Bréfritari: Stefanía Siggeirsdóttir
Viðtakandi: Páll Pálsson
Dagsetning: A-1865-06-22
Skrifað á: Hraungerði  Árn.
Stefanía var bróðurdóttir Páls Pálssonar

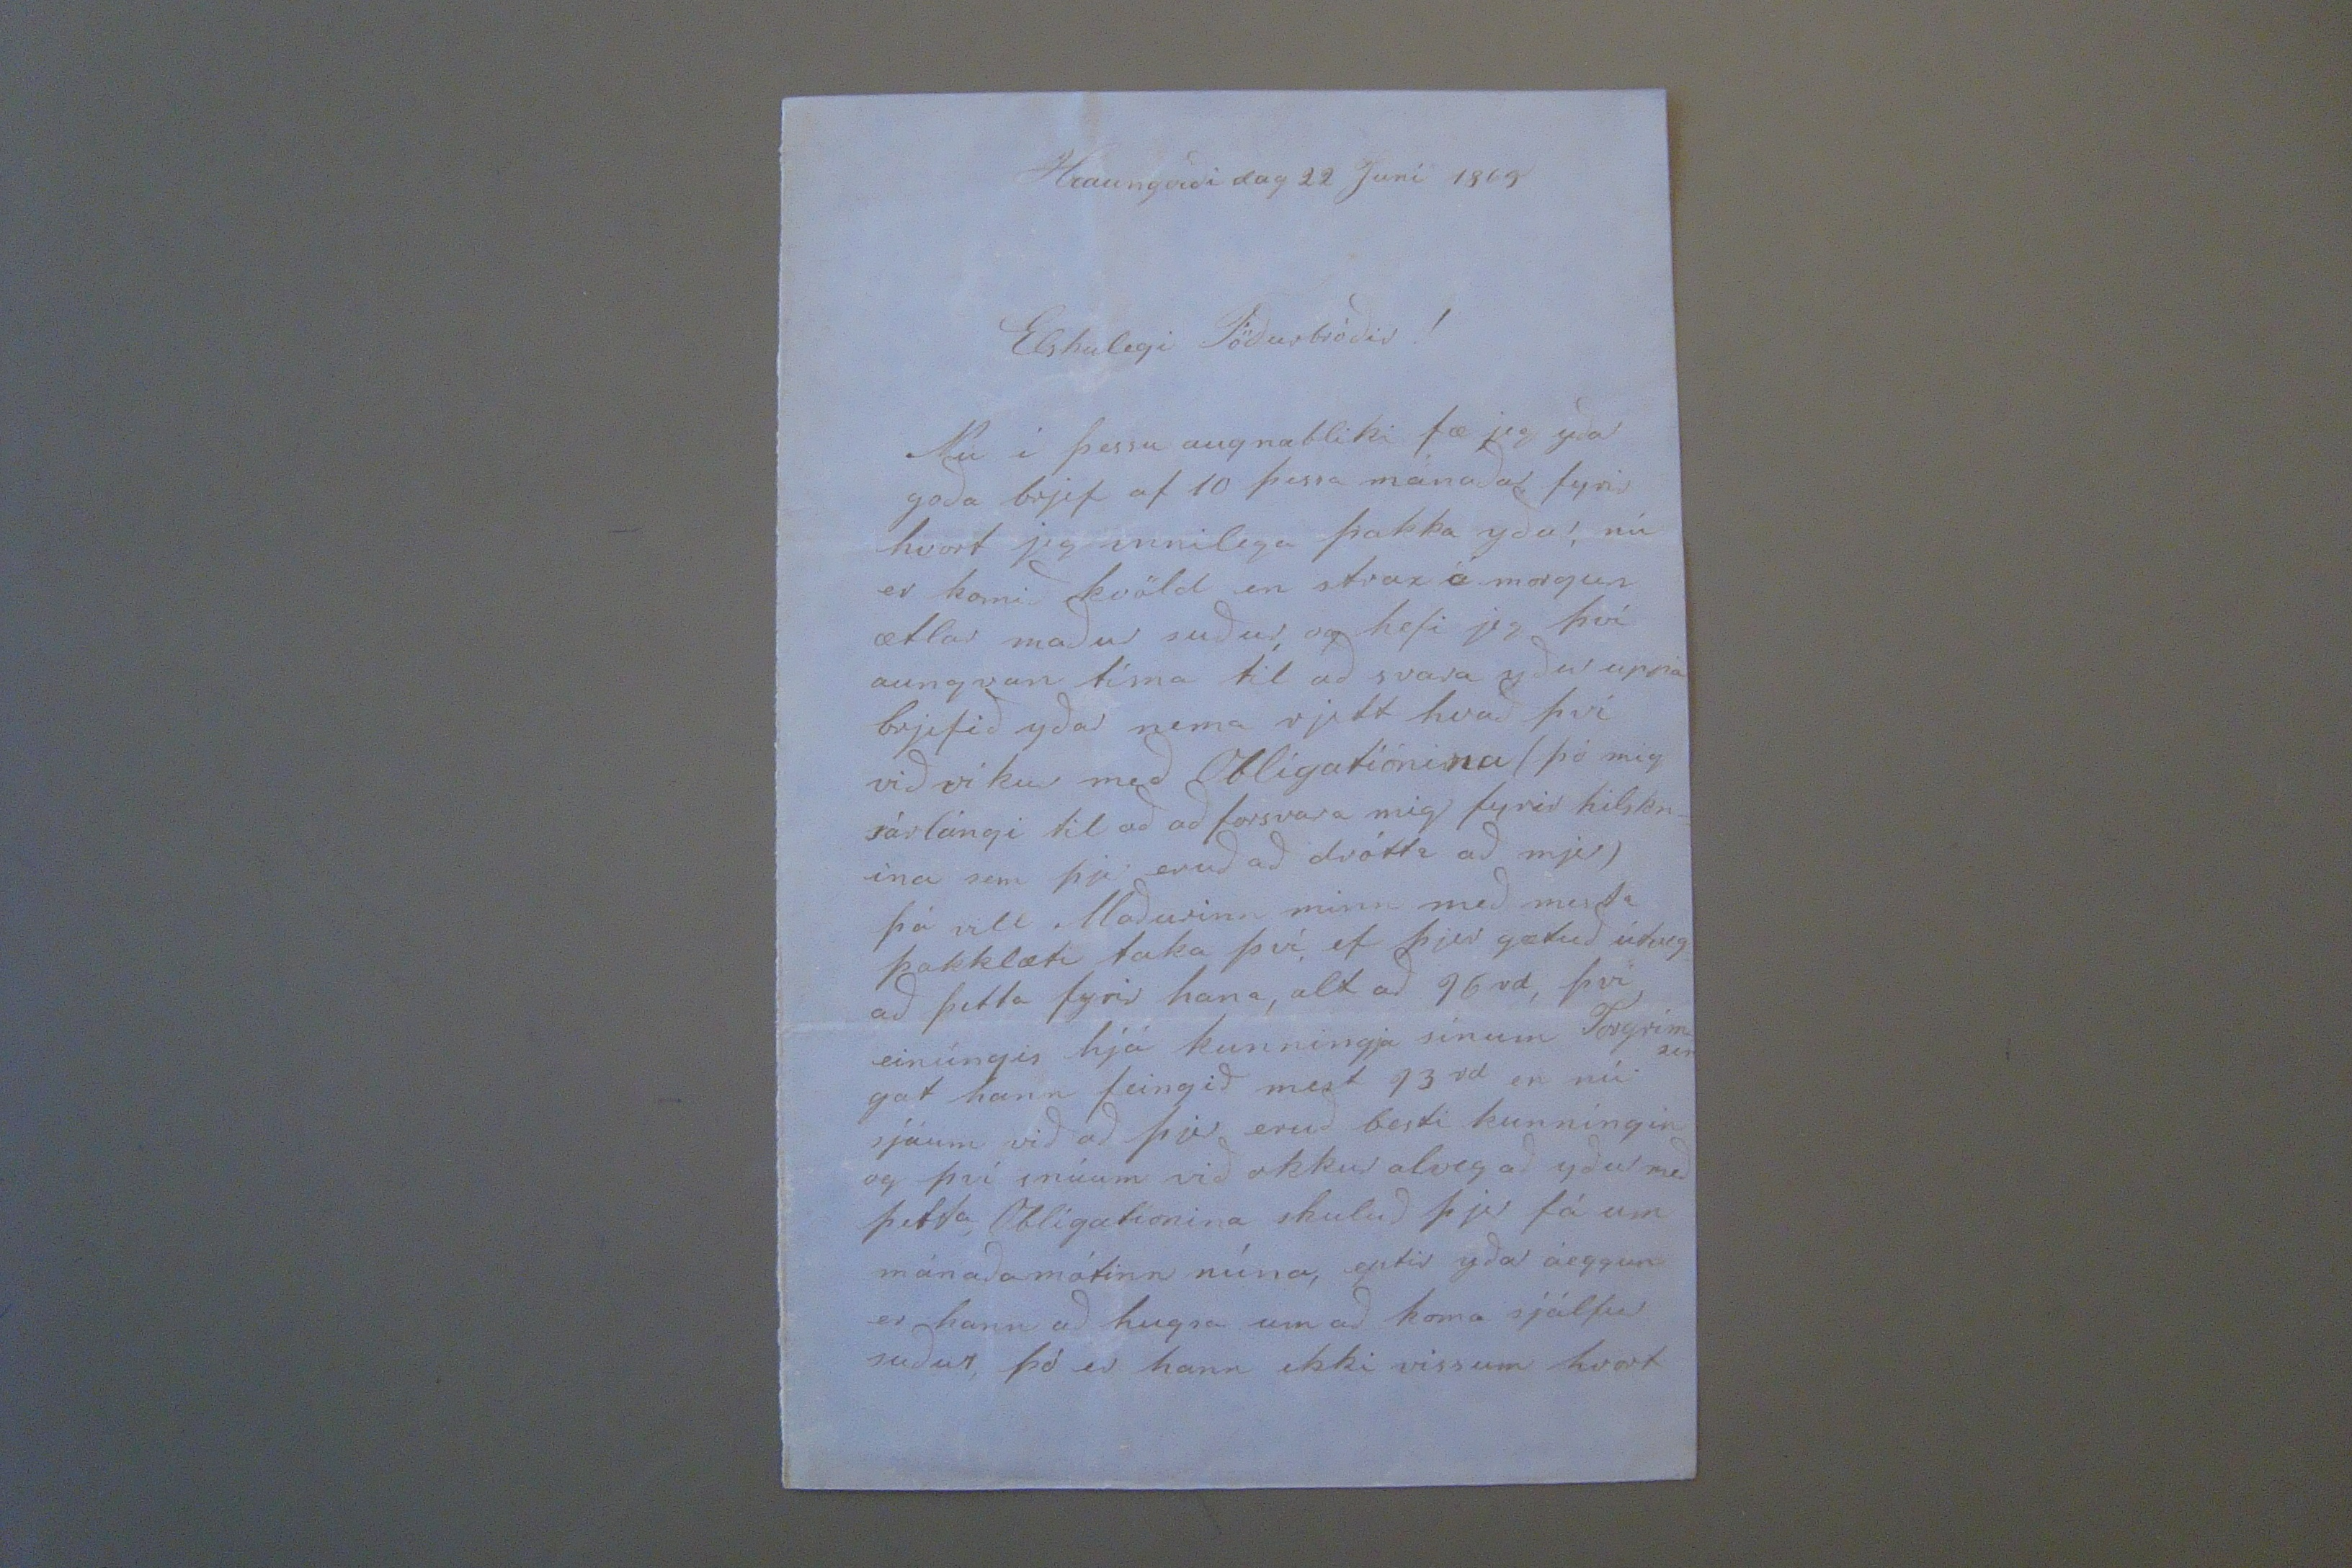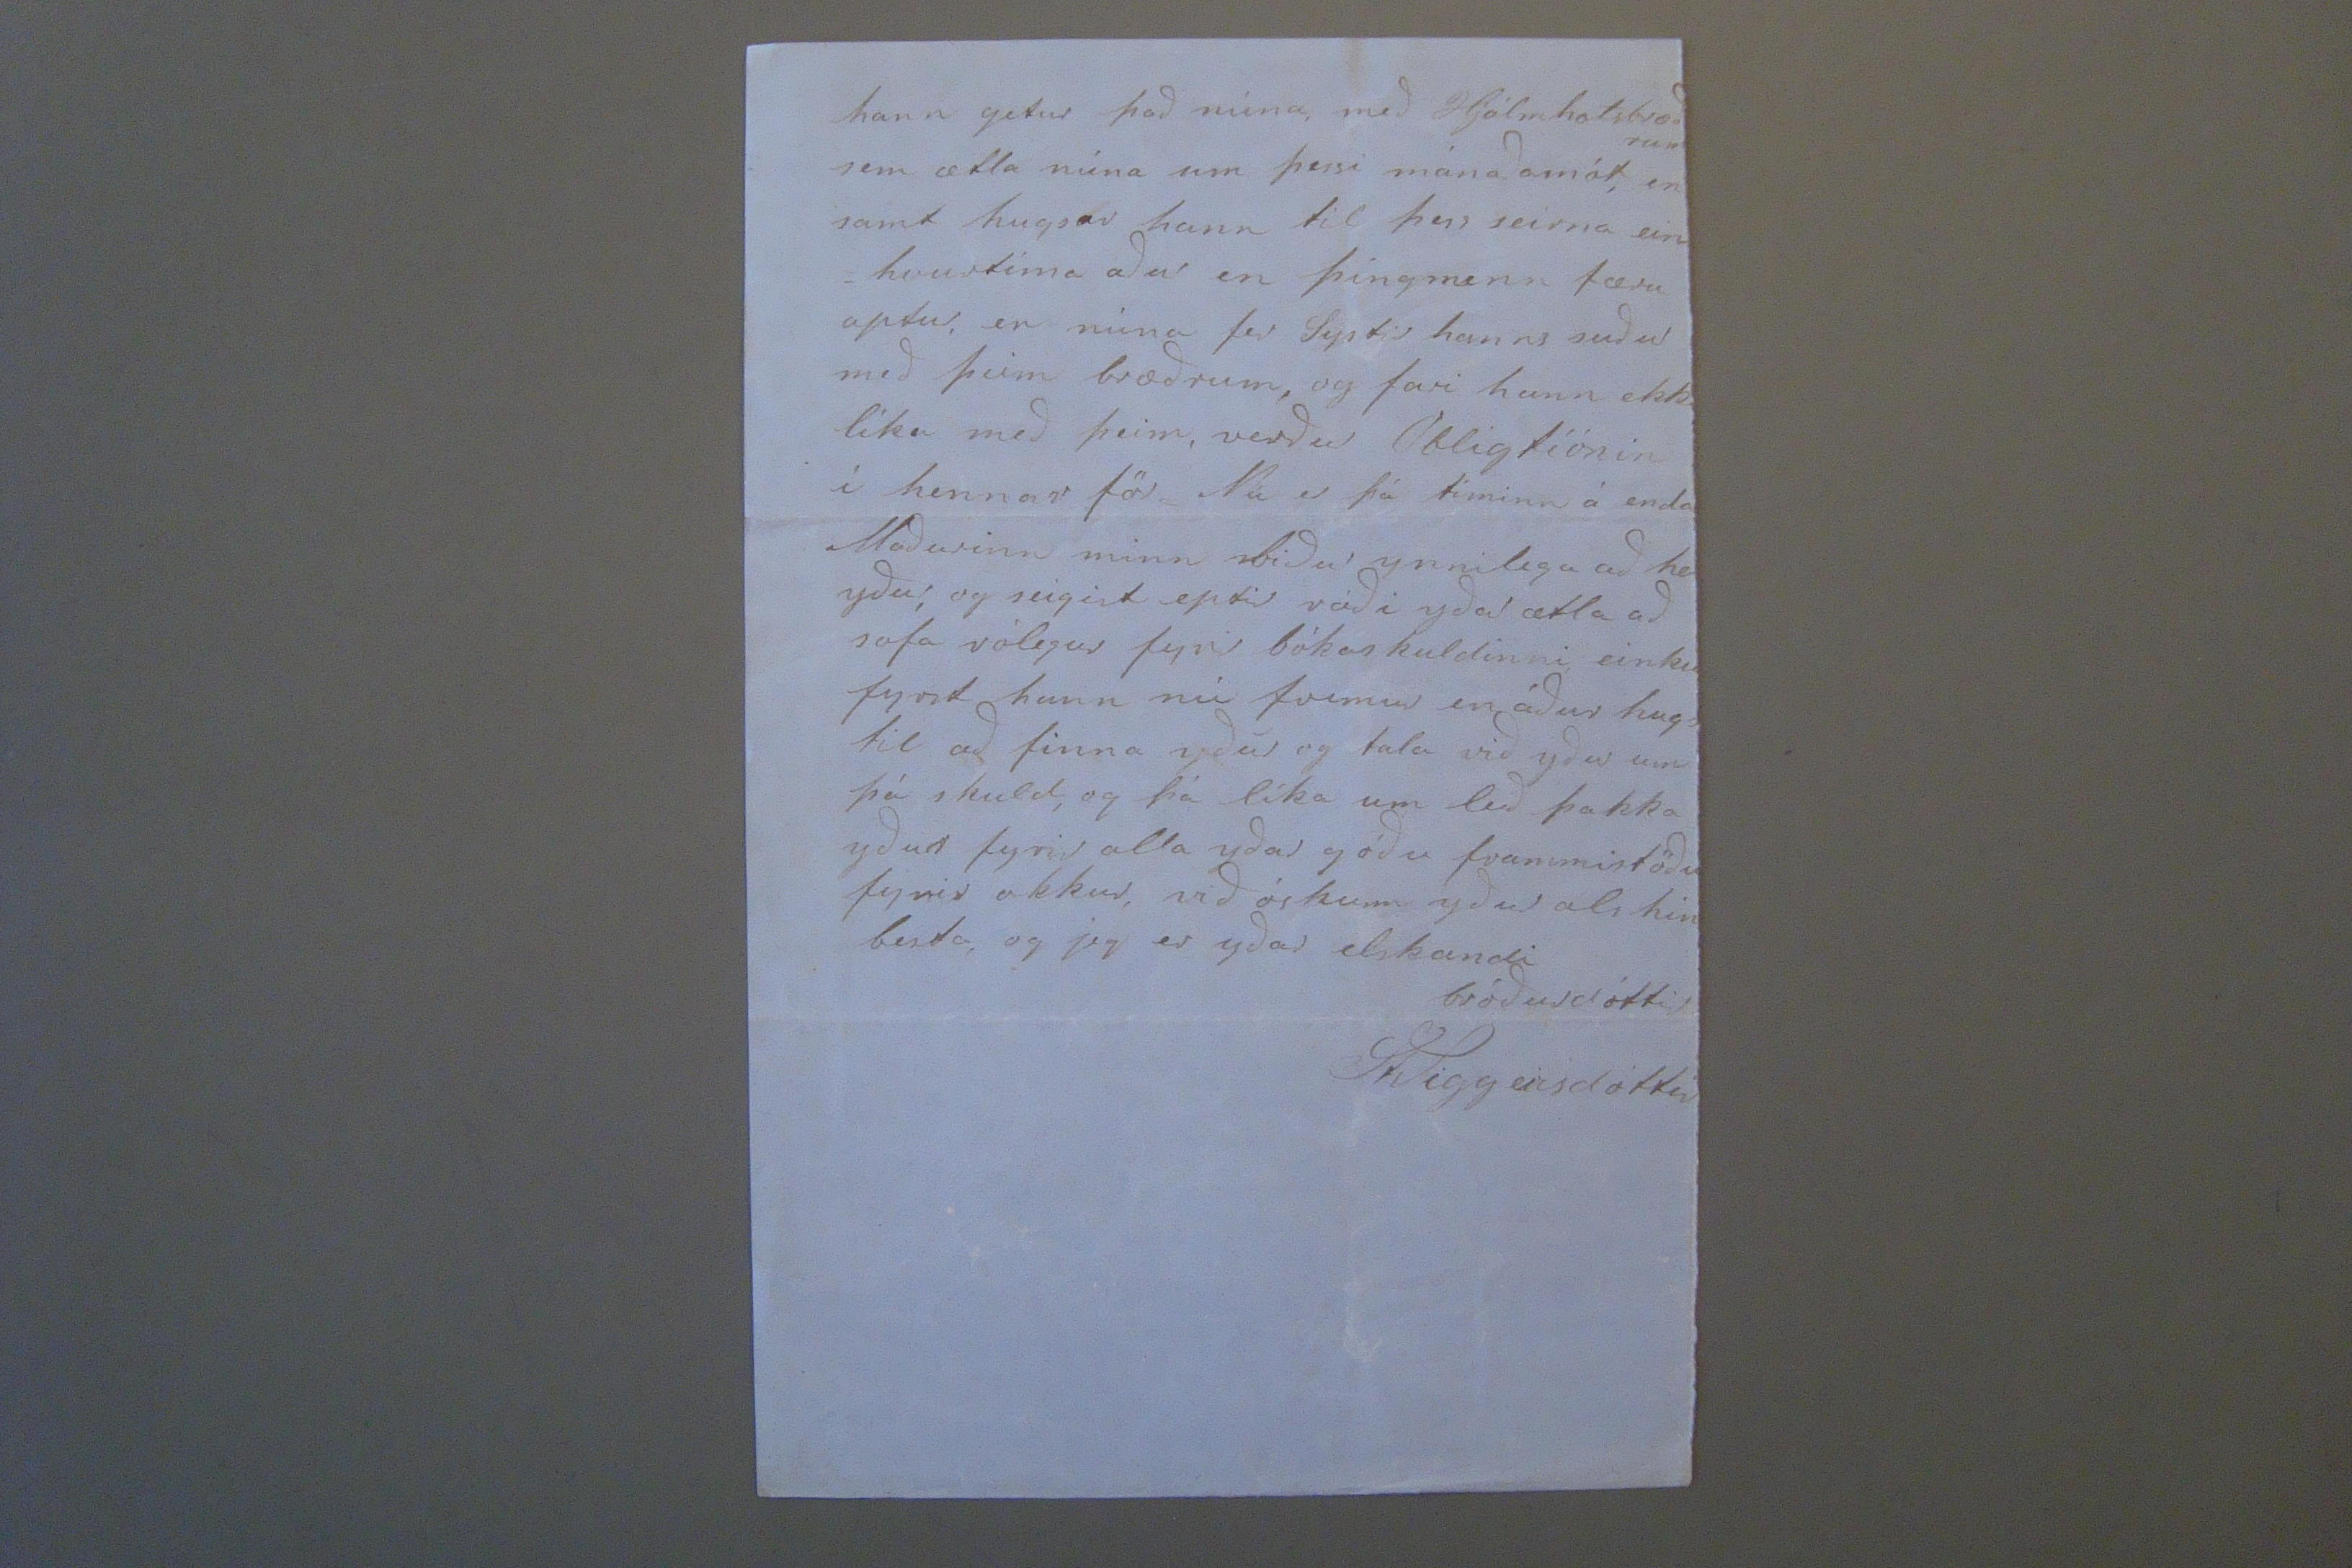

Hraungerði dag 22 Juní 1865
Elskulegi Föðurbróðir!
Nú í þessu augnabliki fæ jeg yðar goða brjef af 10 essa mánaðar fyrir hvort jeg innilega þakka yður, nú er komið kvöld en strax á morgun ætlar maður suður, og hefi jeg því aungvan tíma til að svara yður uppá brjefið yðar nema rjett hvað því við víkur með Obligatiónina (þó mig sárlángi til að að forsvara mig fyrir hilskr= ina sem þjer eruð að drótti að mjer) á vill Maðurinn minn með mesta þakklæti taka því, ef þjer gætuð útveg= að þetta fyrir hana, alt að 16 rd, því einúngis hjá kunningja sínum Torgrímsen gat hann feingið mest 13 rd en nú sjáum við að þjer eruð besti kunníngin og því snúum við okkur alveg að yður með þetta Obligationina skuluð þjer fá um mánaðarmótinn núna, eptir yðar áeggun er hann að hugsa um að koma sjálfur suður, þó er hann ekki viss um hvort
hann getur það núna, með Hjálmho
ts
bræðrum sem ætla núna um þessi mánaðarmót, en samt hugsar hann til þess seirna ein= hvurtíma aður en þingmenn færu aptur, en núna fer Systir hanns suður með þeim bræðrum, og fari hann ekki líka með þeim, verður Obligtíónin í hennar för Nú er þá tíminn á enda Maðurinn minn biður ynnilega ad he yður: og seigist eptir ráði yðar ætla að sofa rólegur fyrir bókaskuldinni einku fyrst hann nú fremur en áður hugs til að finna yður og tala við yður um þá skuld, og þá líka um leið þakka yður fyrir alla yðar góðu frammistöðu fyrir okkur, við óskum yður als hin besta, og jeg er yðar elskandi bróðurdóttir
St Siggeirsdóttir